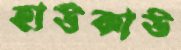
হাউকাউ